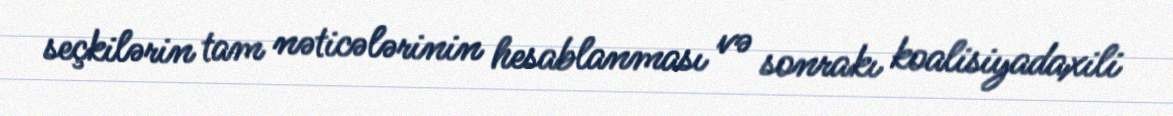
seçkilərin tam nəticələrinin hesablanması və sonrakı koalisiyadaxili